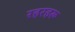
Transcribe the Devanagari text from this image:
रहरहरू